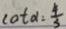
\cot \alpha = \frac { 4 } { 3 }